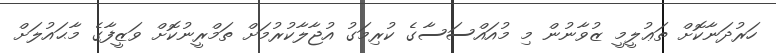
ހަރުދަނާކޮށް ތަޢުލީމީ ޒުވާނުން މި މުއައްސަސާގެ ކުރިމަގު އުޖާލާކުރުމަށް ތަމްރީނުކޮށް ވަޒީފާގެ މާޙައުލަށް